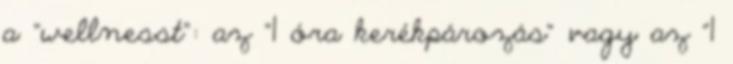
a "wellnesst": az "1 óra kerékpározás" vagy az "1